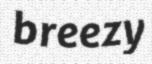
breezy